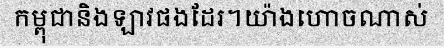
កម្ពុជានិងឡាវផងដែរ។យ៉ាងហោចណាស់